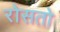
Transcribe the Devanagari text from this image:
रोसतो